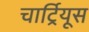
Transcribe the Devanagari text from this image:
चार्ट्रियूस